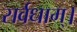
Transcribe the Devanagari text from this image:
सर्वधाम्‌।